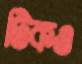
টিকও